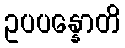
ဥပပန္နောတိ